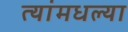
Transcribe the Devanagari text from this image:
त्यांमधल्या